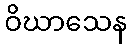
ဝိဃာသေန